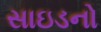
સાઇડનો